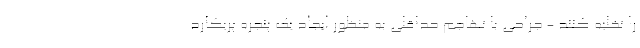
را تخلیه کنند - جراحی با تهاجم حداقلی به منظور ایجاد یک پنجره پریکارد